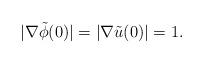
LaTeX: \begin{align*}|\nabla \tilde \phi(0)|=|\nabla \tilde u(0)|=1.\end{align*}